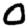
Digit: 0